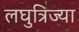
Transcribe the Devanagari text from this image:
लघुत्रिज्या